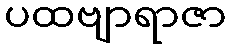
ပထဗျာရာဇာ